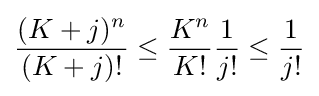
{\frac {(K+j)^{n}}{(K+j)!}}\leq {\frac {K^{n}}{K!}}{\frac {1}{j!}}\leq {\frac {1}{j!}}